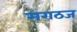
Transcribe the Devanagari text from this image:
मराठज